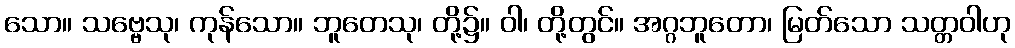
သော။ သဗ္ဗေသု၊ ကုန်သော။ ဘူတေသု၊ တို့၌။ ဝါ၊ တို့တွင်။ အဂ္ဂဘူတော၊ မြတ်သော သတ္တဝါဟု